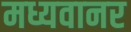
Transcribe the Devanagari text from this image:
मध्यवानर